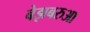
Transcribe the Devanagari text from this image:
बेझबरुआ